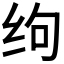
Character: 𰬆